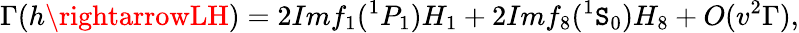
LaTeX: \Gamma(h\rightarrowLH)=2Imf_{1}(^{1}P_{1})H_{1}+2Imf_{8}(^{1}\mathtt{S}_{0})H_{8}+O(v^{2}\Gamma),